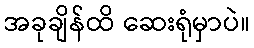
အခုချိန်ထိ ဆေးရုံမှာပဲ။